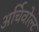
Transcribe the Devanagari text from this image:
अर्चिवोल्ट